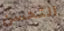
التحسن